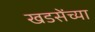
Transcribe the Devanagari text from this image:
खडसेंच्या